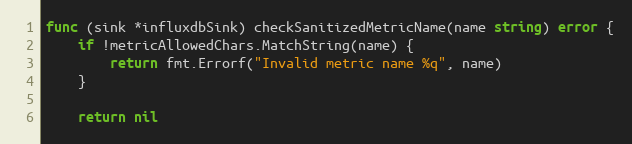
Language: Go
func (sink *influxdbSink) checkSanitizedMetricName(name string) error {
	if !metricAllowedChars.MatchString(name) {
		return fmt.Errorf("Invalid metric name %q", name)
	}

	return nil